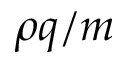
\rho q / m